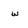
Character: w